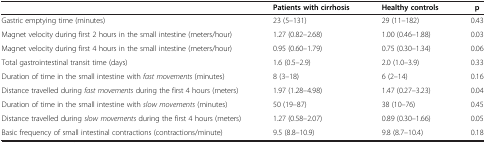
|  | Patients with cirrhosis | Healthy controls | p |
 | --- | --- | --- | --- |
 | Gastric emptying time (minutes) | 23 (5–131) | 29 (11–182) | 0.43 |
 | Magnet velocity during first 2 hours in the small intestine (meters/hour) | 1.27 (0.82–2.68) | 1.00 (0.46–1.88) | 0.03 |
 | Magnet velocity during first 4 hours in the small intestine (meters/hour) | 0.95 (0.60–1.79) | 0.75 (0.30–1.34) | 0.06 |
 | Total gastrointestinal transit time (days) | 1.6 (0.5–2.9) | 2.0 (1.0–3.9) | 0.33 |
 | Duration of time in the small intestine with fast movements (minutes) | 8 (3–18) | 6 (2–14) | 0.16 |
 | Distance travelled during fast movements during the first 4 hours (meters) | 1.97 (1.28–4.98) | 1.47 (0.27–3.23) | 0.04 |
 | Duration of time in the small intestine with slow movements (minutes) | 50 (19–87) | 38 (10–76) | 0.45 |
 | Distance travelled during slow movements during the first 4 hours (meters) | 1.27 (0.58–2.07) | 0.89 (0.30–1.66) | 0.05 |
 | Basic frequency of small intestinal contractions (contractions/minute) | 9.5 (8.8–10.9) | 9.8 (8.7–10.4) | 0.18 |